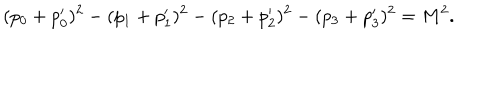
LaTeX: ( p _ { 0 } + p _ { 0 } ^ { \prime } ) ^ { 2 } - ( p _ { 1 } + p _ { 1 } ^ { \prime } ) ^ { 2 } - ( p _ { 2 } + p _ { 2 } ^ { \prime } ) ^ { 2 } - ( p _ { 3 } + p _ { 3 } ^ { \prime } ) ^ { 2 } = M ^ { 2 } .